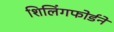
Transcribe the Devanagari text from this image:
शिलिंगफोर्डने